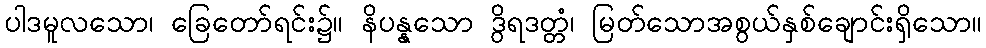
ပါဒမူလသော၊ ခြေတော်ရင်း၌။ နိပန္နသော ဒွိရဒတ္တံ၊ မြတ်သောအစွယ်နှစ်ချောင်းရှိသော။